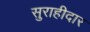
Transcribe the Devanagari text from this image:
सुराहीदार